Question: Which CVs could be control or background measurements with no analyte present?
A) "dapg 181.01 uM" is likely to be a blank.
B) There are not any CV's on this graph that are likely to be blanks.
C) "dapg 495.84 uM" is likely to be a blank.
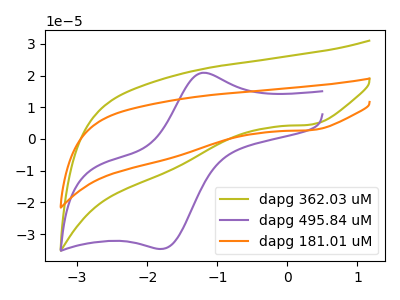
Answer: <think>The olive curve "dapg 362.03 uM" has a cathodic peak at: (0.35V, 4.55uA). The purple curve "dapg 495.84 uM" has an anodic peak at (-1.20V, 20.90uA) and a cathodic peak at (-1.80V, -34.65uA). The orange curve "dapg 181.01 uM" has a cathodic peak at: (0.35V, 2.80uA).</think>
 <answer>B) There are not any CV's on this graph that are likely to be blanks.</answer>
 <eval>B</eval>